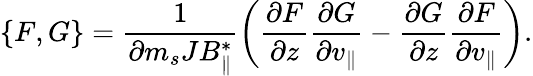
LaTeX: \{ F,G\} =\frac{1}{\partial m_{s}JB_{\parallel}^{*}}\left(\frac{\partial F}{\partial z}\frac{\partial G}{\partial v_{\parallel}}-\frac{\partial G}{\partial z}\frac{\partial F}{\partial v_{\parallel}}\right).